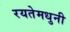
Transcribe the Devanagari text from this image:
रयतेमधुनी